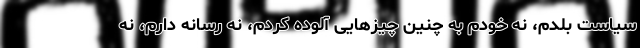
سیاست بلدم، نه خودم به چنین چیزهایی آلوده کردم، نه رسانه دارم، نه